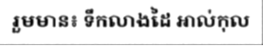
រួមមាន៖ ទឹកលាងដៃ អាល់កុល